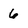
Character: 6